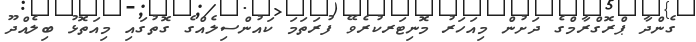
ގެންދާ ޕްރޮގްރާމްގެ ދަށުން މިއަހަރު މޮނިޓަރކުރެވޭ ފުރަތަމަ ކައުންސިލެއްގެ ގޮތުގައި މިއަތޮޅު ބިލެއްދޫ